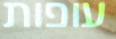
עופות